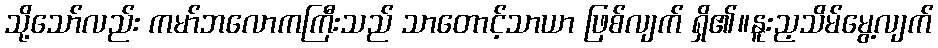
သို့သော်လည်း ကမာ်ဘလောကကြီးသည် သာတောင့်သာယာ ဖြစ်လျက် ရှိ၏။နူးည့သိမ်မွေ့လျက်